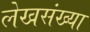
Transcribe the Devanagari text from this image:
लेखसंख्या